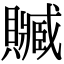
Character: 贓